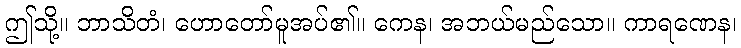
ဤသို့။ ဘာသိတံ၊ ဟောတော်မူအပ်၏။ ကေန၊ အဘယ်မည်သော။ ကာရဏေန၊